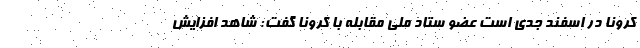
کرونا در اسفند جدی است عضو ستاد ملی مقابله با کرونا گفت: شاهد افزایش